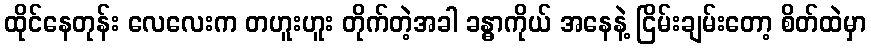
ထိုင်နေတုန်း လေလေးက တဟူးဟူး တိုက်တဲ့အခါ ခန္ဓာကိုယ် အနေနဲ့ ငြိမ်းချမ်းတော့ စိတ်ထဲမှာ